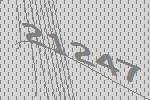
21247